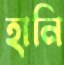
হানি